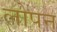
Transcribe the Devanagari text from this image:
लोपन